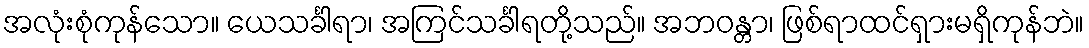
အလုံးစုံကုန်သော။ ယေသင်္ခါရာ၊ အကြင်သင်္ခါရတို့သည်။ အဘဝန္တာ၊ ဖြစ်ရာထင်ရှားမရှိကုန်ဘဲ။